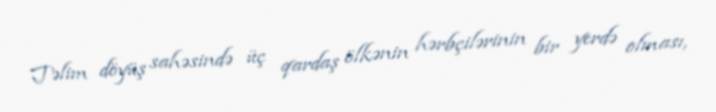
Təlim döyüş sahəsində üç qardaş ölkənin hərbçilərinin bir yerdə olması,